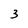
Character: 3